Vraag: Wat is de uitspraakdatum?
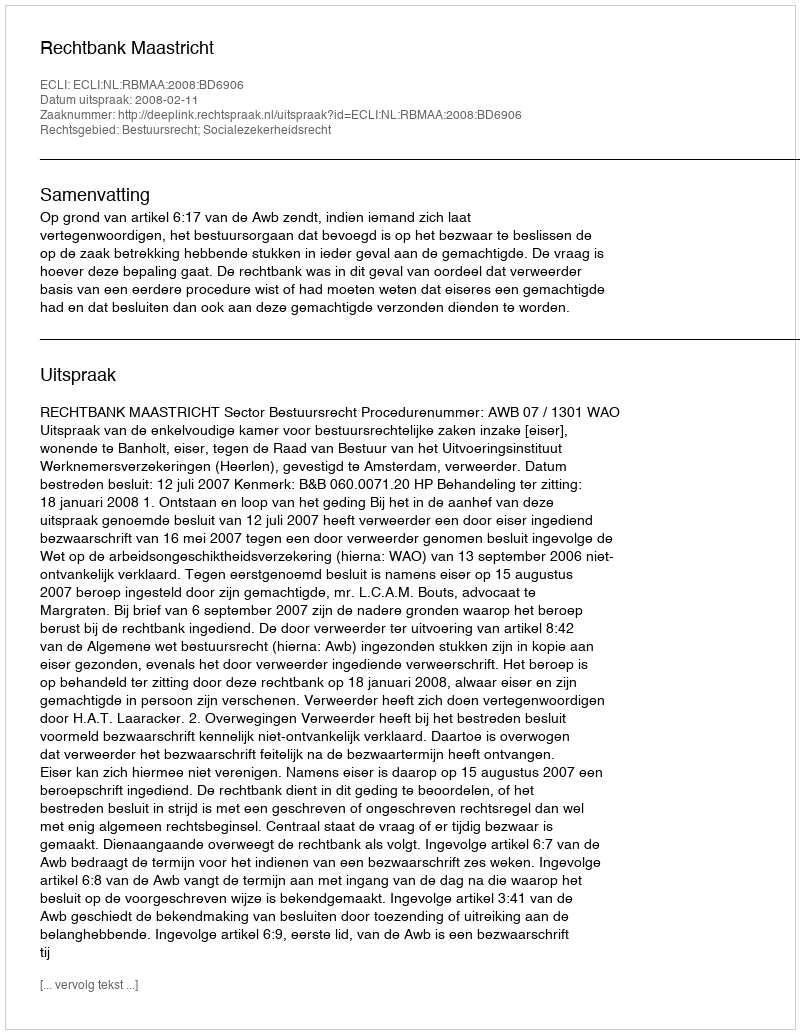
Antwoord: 2008-02-11